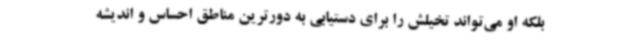
بلکه او می‌تواند تخیلش را برای دستیابی به دورترین مناطق احساس و اندیشه